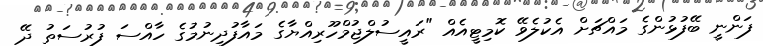
ފަންނީ ބޭފުޅުންގެ މައްޗަށް އެކުލެވޭ ކޮމިޓީއެއް "ރައީސުލްޖުމްހޫރިއްޔާގެ މައާފުދިނުމުގެ ހާއްސަ ފުރުސަތު ދޭ